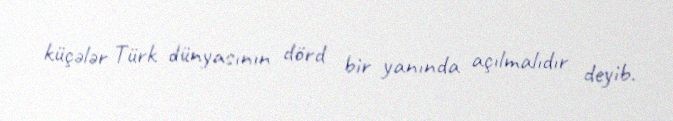
küçələr Türk dünyasının dörd bir yanında açılmalıdır deyib.